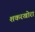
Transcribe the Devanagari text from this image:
शकरखोरा